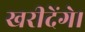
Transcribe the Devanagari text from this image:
खरीदेंगे।